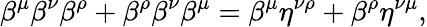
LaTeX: \beta^{\mu}\beta^{\nu}\beta^{\rho}+\beta^{\rho}\beta^{\nu}\beta^{\mu}=\beta^{\mu}\eta^{\nu\rho}+\beta^{\rho}\eta^{\nu\mu},